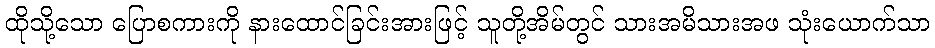
ထိုသို့သော ပြောစကားကို နားထောင်ခြင်းအားဖြင့် သူတို့အိမ်တွင် သားအမိသားအဖ သုံးယောက်သာ